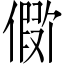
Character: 𪝪